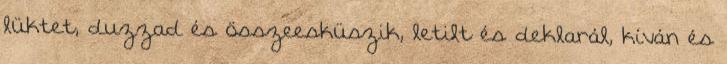
lüktet, duzzad és összeesküszik, letilt és deklarál, kíván és